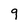
Character: 9